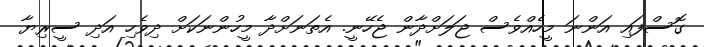
ގޮސްފައި އަންނަ މީހެއްވެސް ޖަލަށްދާން ޖެހޭނީ. އެތަނަށްދާ މީހުންނަކަށް ދިވެހި އަދި ސީރިޔާ